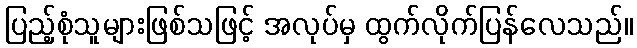
ပြည့်စုံသူများဖြစ်သဖြင့် အလုပ်မှ ထွက်လိုက်ပြန်လေသည်။